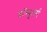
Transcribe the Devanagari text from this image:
कॉम्पुटर्स